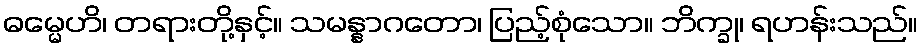
ဓမ္မေဟိ၊ တရားတို့နှင့်။ သမန္နာဂတော၊ ပြည့်စုံသော။ ဘိက္ခု၊ ရဟန်းသည်။